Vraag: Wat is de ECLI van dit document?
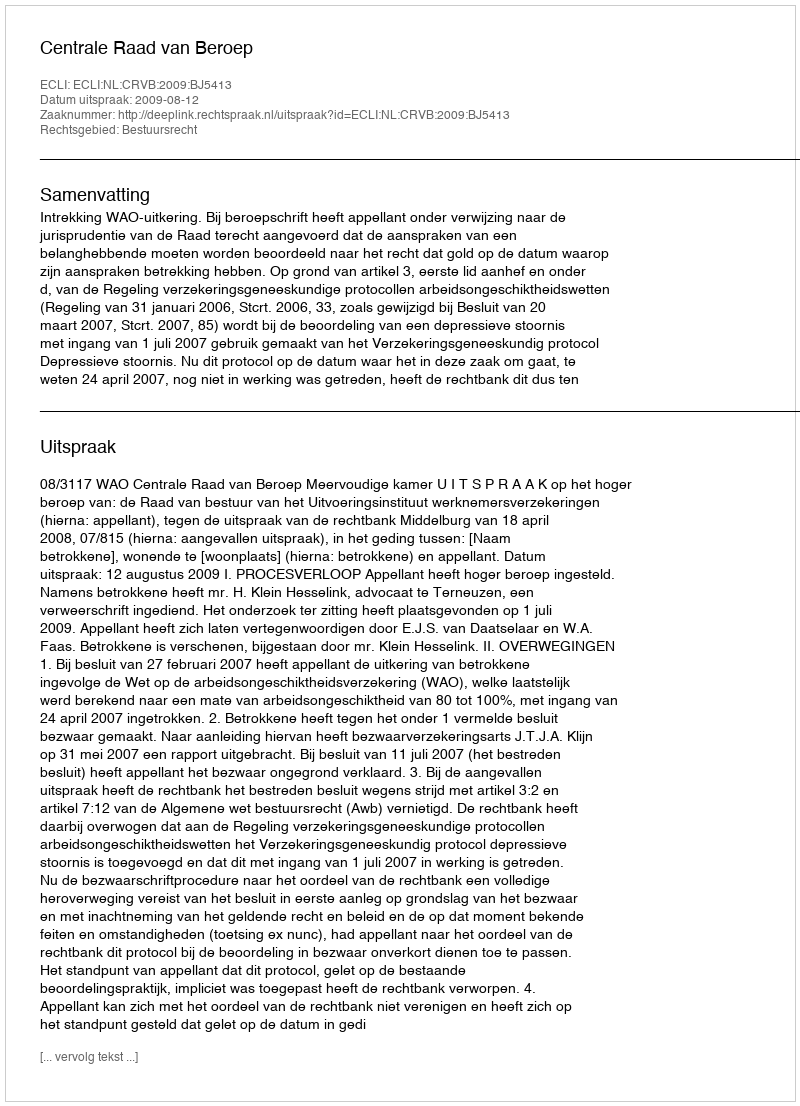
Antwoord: ECLI:NL:CRVB:2009:BJ5413